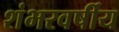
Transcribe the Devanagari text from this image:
शंभरवर्षीय